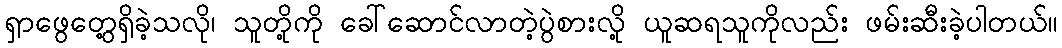
ရှာဖွေတွေ့ရှိခဲ့သလို၊ သူတို့ကို ခေါ်ဆောင်လာတဲ့ပွဲစားလို့ ယူဆရသူကိုလည်း ဖမ်းဆီးခဲ့ပါတယ်။